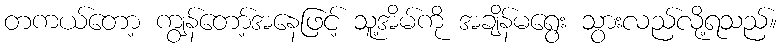
တကယ်တော့ ကျွန်တော့်အနေဖြင့် သူ့အိမ်ကို အချိန်မရွေး သွားလည်လို့ရသည်။